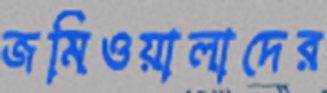
জমিওয়ালাদের